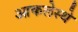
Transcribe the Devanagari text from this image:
आकलेस्थे